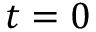
t = 0